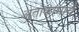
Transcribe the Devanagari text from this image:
अताकामाचे